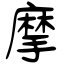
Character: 摩